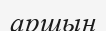
аршын